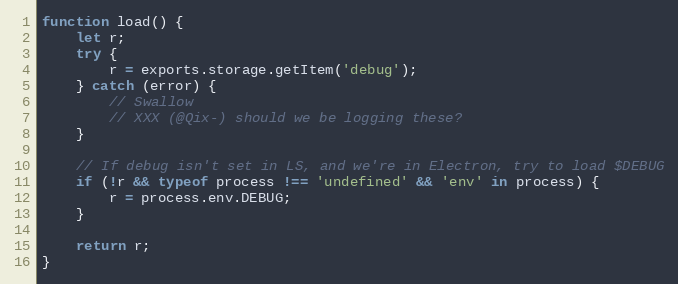
Language: JavaScript
function load() {
	let r;
	try {
		r = exports.storage.getItem('debug');
	} catch (error) {
		// Swallow
		// XXX (@Qix-) should we be logging these?
	}

	// If debug isn't set in LS, and we're in Electron, try to load $DEBUG
	if (!r && typeof process !== 'undefined' && 'env' in process) {
		r = process.env.DEBUG;
	}

	return r;
}